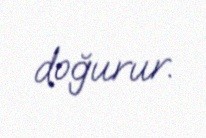
doğurur.